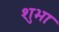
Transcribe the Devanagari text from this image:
शुभाः